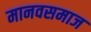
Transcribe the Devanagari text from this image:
मानवसमाज